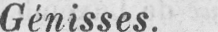
Génisses.